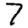
Digit: 7